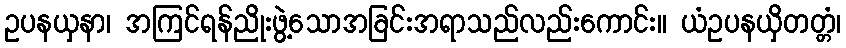
ဥပနယှနာ၊ အကြင်ရန်ညိုးဖွဲ့သောအခြင်းအရာသည်လည်းကောင်း။ ယံဥပနယှိတတ္တံ၊